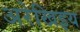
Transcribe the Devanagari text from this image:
अरेखिइय